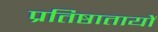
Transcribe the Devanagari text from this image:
प्रतिष्ठातायों